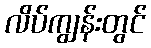
လိပ်ကျွန်းတွင်